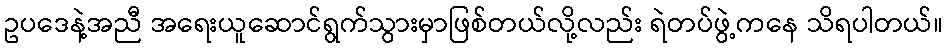
ဥပဒေနဲ့အညီ အရေးယူဆောင်ရွက်သွားမှာဖြစ်တယ်လို့လည်း ရဲတပ်ဖွဲ့ကနေ သိရပါတယ်။